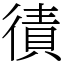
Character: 㣱